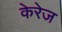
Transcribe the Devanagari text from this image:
केरेज